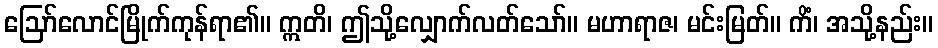
ဩော်လောင်မြိုက်ကုန်ရာ၏။ ဣတိ၊ ဤသို့လျှောက်လတ်သော်။ မဟာရာဇ၊ မင်းမြတ်။ ကိံ၊ အသို့နည်း။